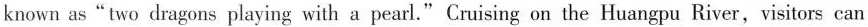
known as"two dragons playing with a pearl." Cruising on the Huangpu River, visitors can